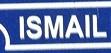
ismail